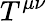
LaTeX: T^{\mu\nu}